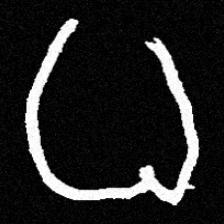
Pyu character \u2014 Myanmar letter: ဓ (romanized: dha)